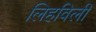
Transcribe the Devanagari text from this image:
लिहविली